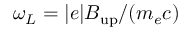
\omega _ { L } = | e | B _ { \mathrm { u p } } / ( m _ { e } c )